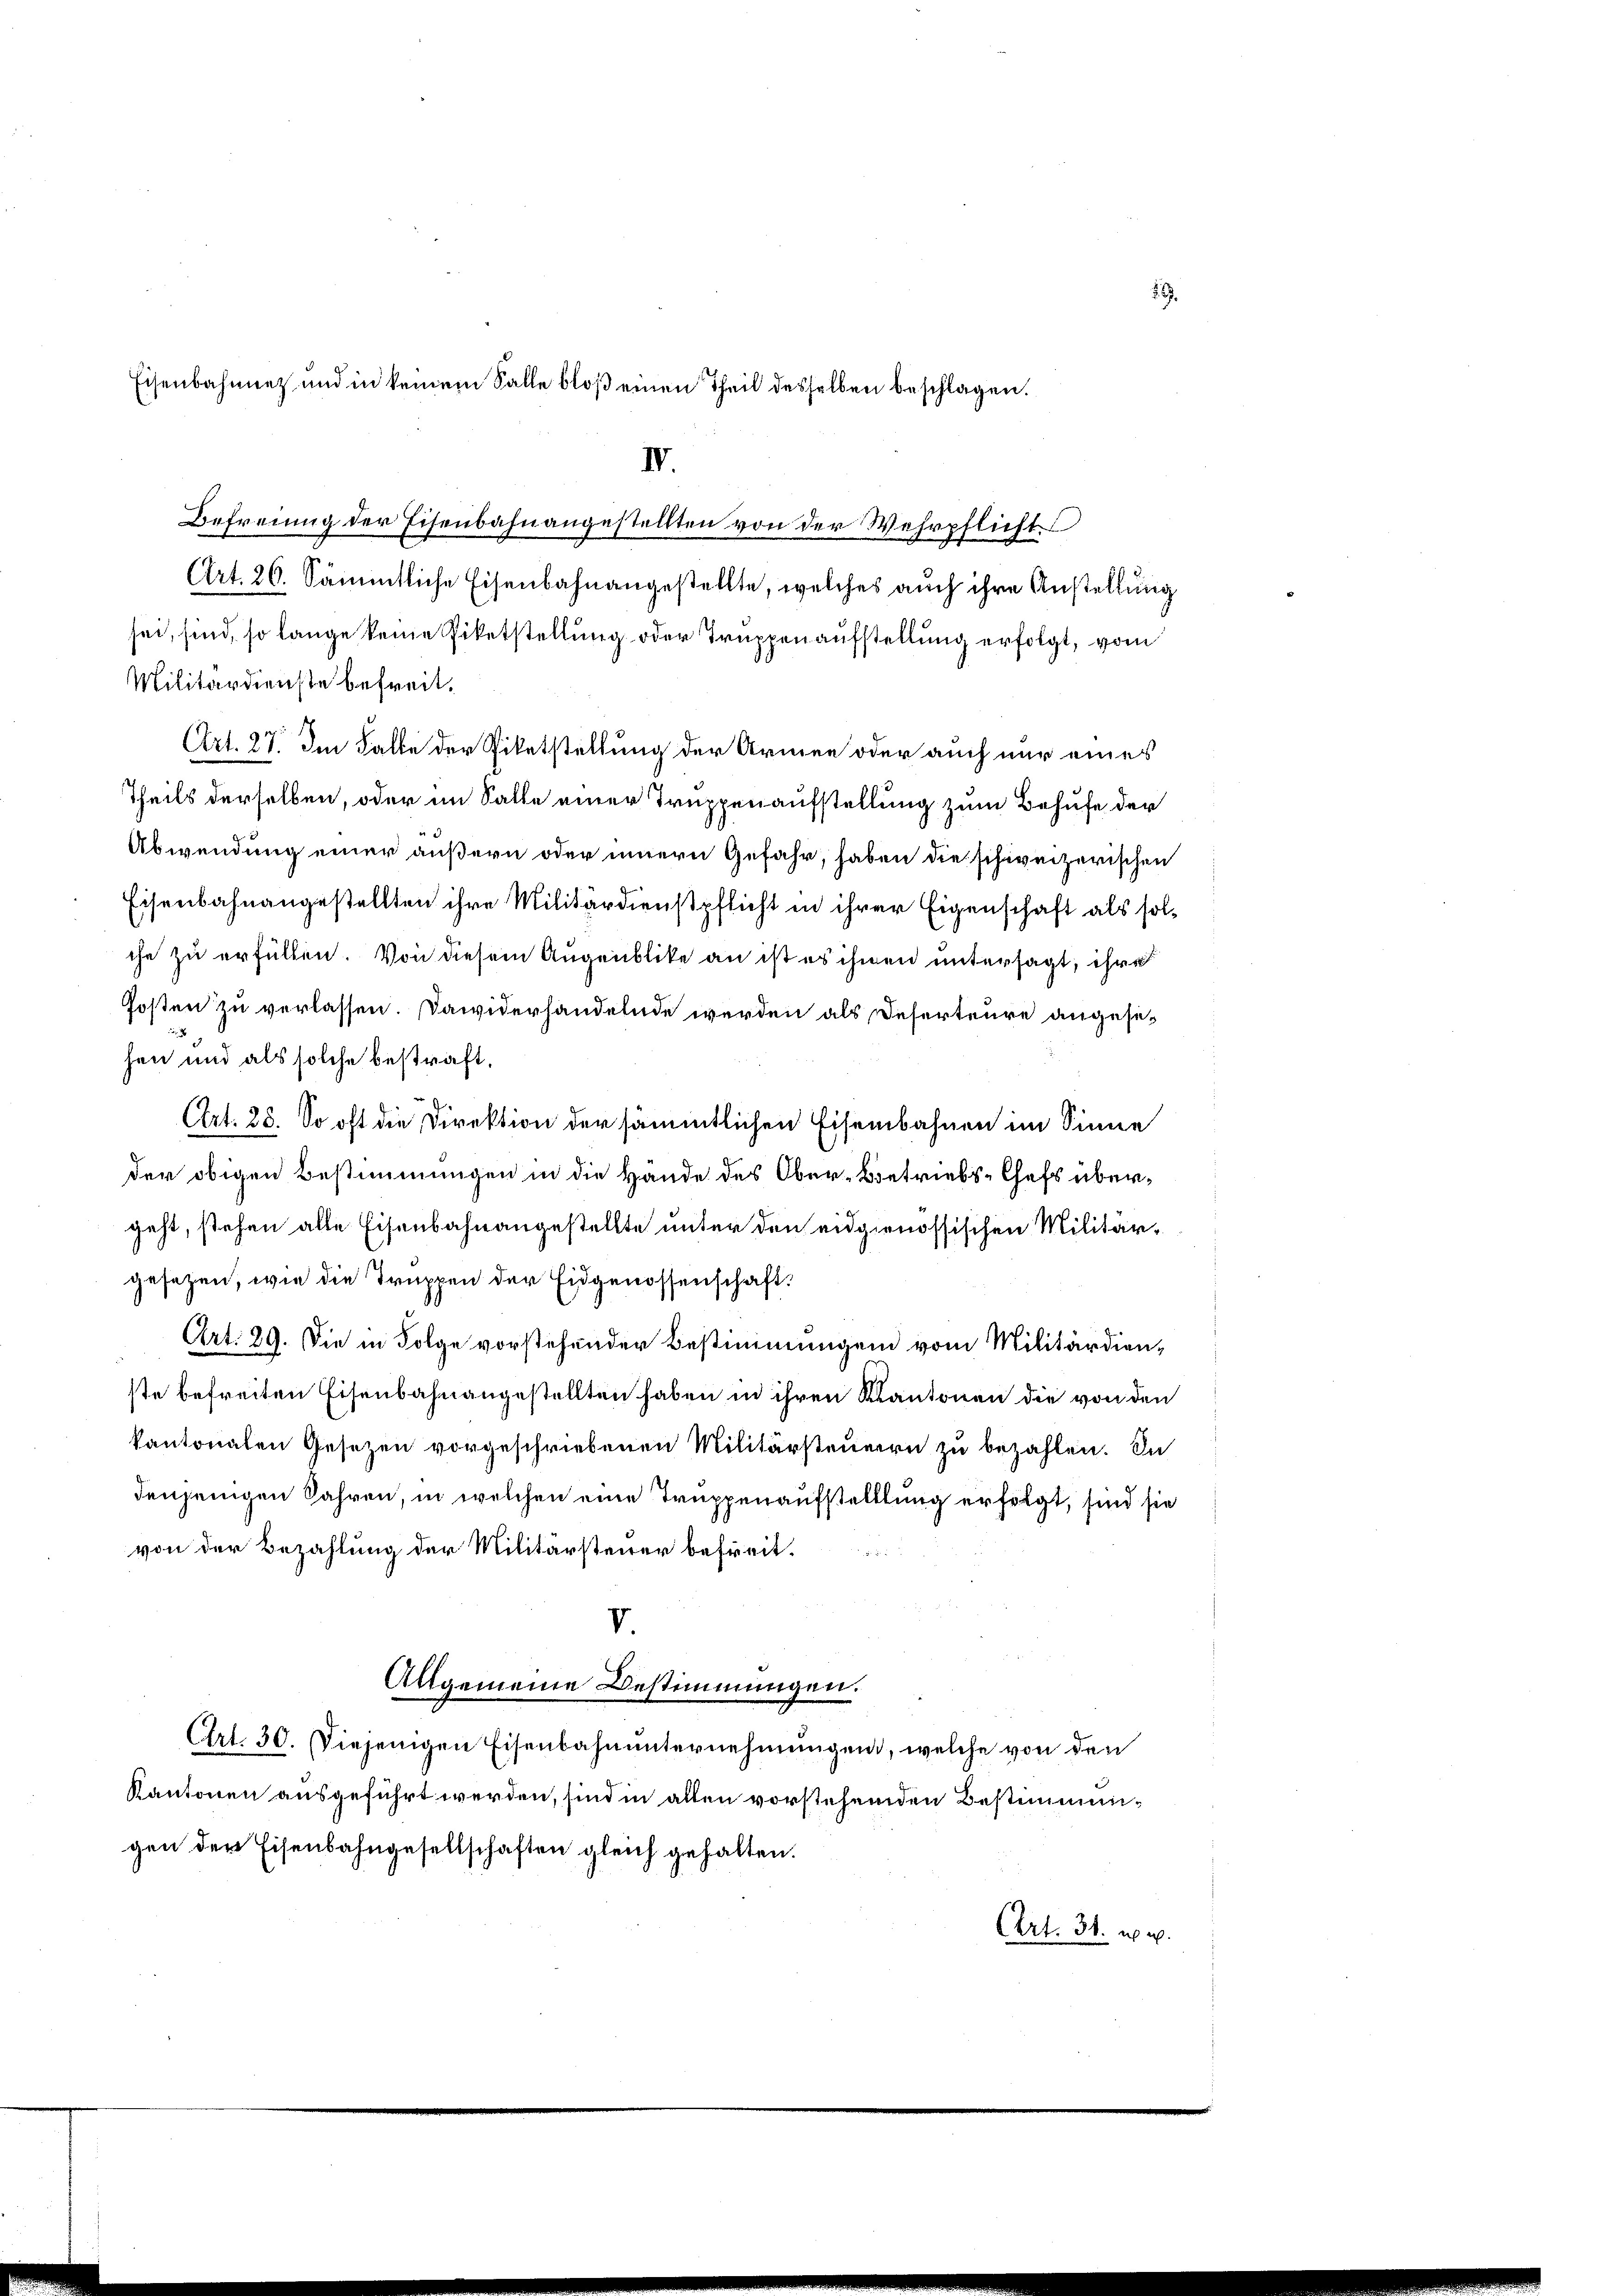
Eisenbahnnet und in keinem Falle bloß einen Theil desselben beschlagen.

IV.
Befreiung der Eisenbahnangestellten von der Wehrpflicht

Art. 26. Sämmtliche Eisenbahnangestellte, welches auch ihre Anstellung
sei, sind, so lange keine Piketstellung oder Truppenaufstellung erfolgt, vom
Militärdienste befreit.
Art. 27. Im Falle der Pietstellung der Armen oder auch nur eines
Theils derselben, oder im Salle einer Truppenaufstellung zum Behufe der
Abwendung einer äußern oder innern Gefahr, haben die schweizerischen
Eisenbahnangestellten ihre Militärdienstpflicht in ihrer Eigenschaft als solche zu erfüllen. Von diesem Augenblike an ist es ihnen untersagt, ihre
Posten zu verlassen. Dawiderhandelnde werden als Deserteure angese¬

hen und als solche bestraft,
Art. 25. So oft die Direktion der sämmtlichen Eisenbahnen im Sinne
der obigen Bestimmungen in die Hande des Ober-Betriebs-Chefs übergeht, stehen alle Eisenbahnangestellte unter den eidgenössischen Militärgesetzen, wie die Truppen der Eidgenossenschaft.
Art. 29. Die in Folge vorstehender Bestimmungen vom Militärdienste befreiten Eisenbahnangestellten haben in ihren Kantonen die von den
kantonalen Gesetzen vorgeschriebenen Militärsteueren zu bezahlen. In
denjenigen Jahren, in welchen eine Truppenaufstelllung erfolgt, sind sie
von der Bezahlung der Militärsteuer befreit.
V.
Allgemeine Bestimmungen.
Art. 30. Diejenigen Eisenbahnunternehmungen, welche von den
Kantonen ausgeführt werden, sind in allen vorstehenden Bestimmungen der Eisenbahngesellschaften gleich gehalten.
Art. 31. u. a.

19.